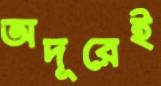
অদূরেই